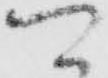
可